Annual administration report of the Civil Veterinary Department of India - 1897-1898
Year: 1897
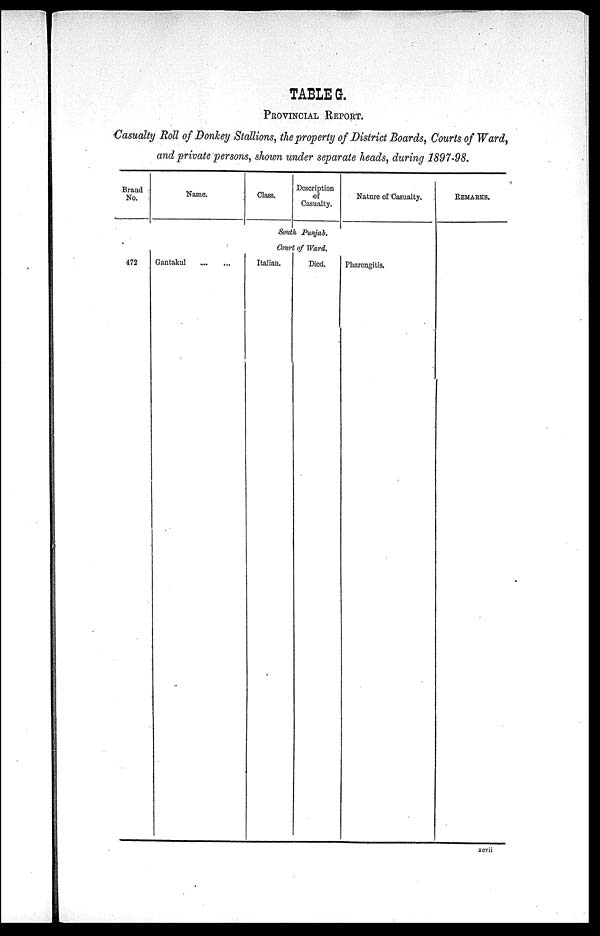
TABLE G.
PROVINCIAL REPORT.
Casualty Roll of Donkey Stallions, the property of District Boards, Courts of Ward,
and private persons, shown under separate heads, during 1897-98.
No
472
Name.
Gantakul ... ...
Class.
Description
of
Casualty.
South Punjab.
Court of Ward.
Italian.
Died.
Nature of Casualty.
Pharengitis.
Remarks.
xcvii